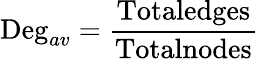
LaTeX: \textrm{Deg}_{av}=\frac{\textrm{Totaledges}}{\textrm{Totalnodes}}